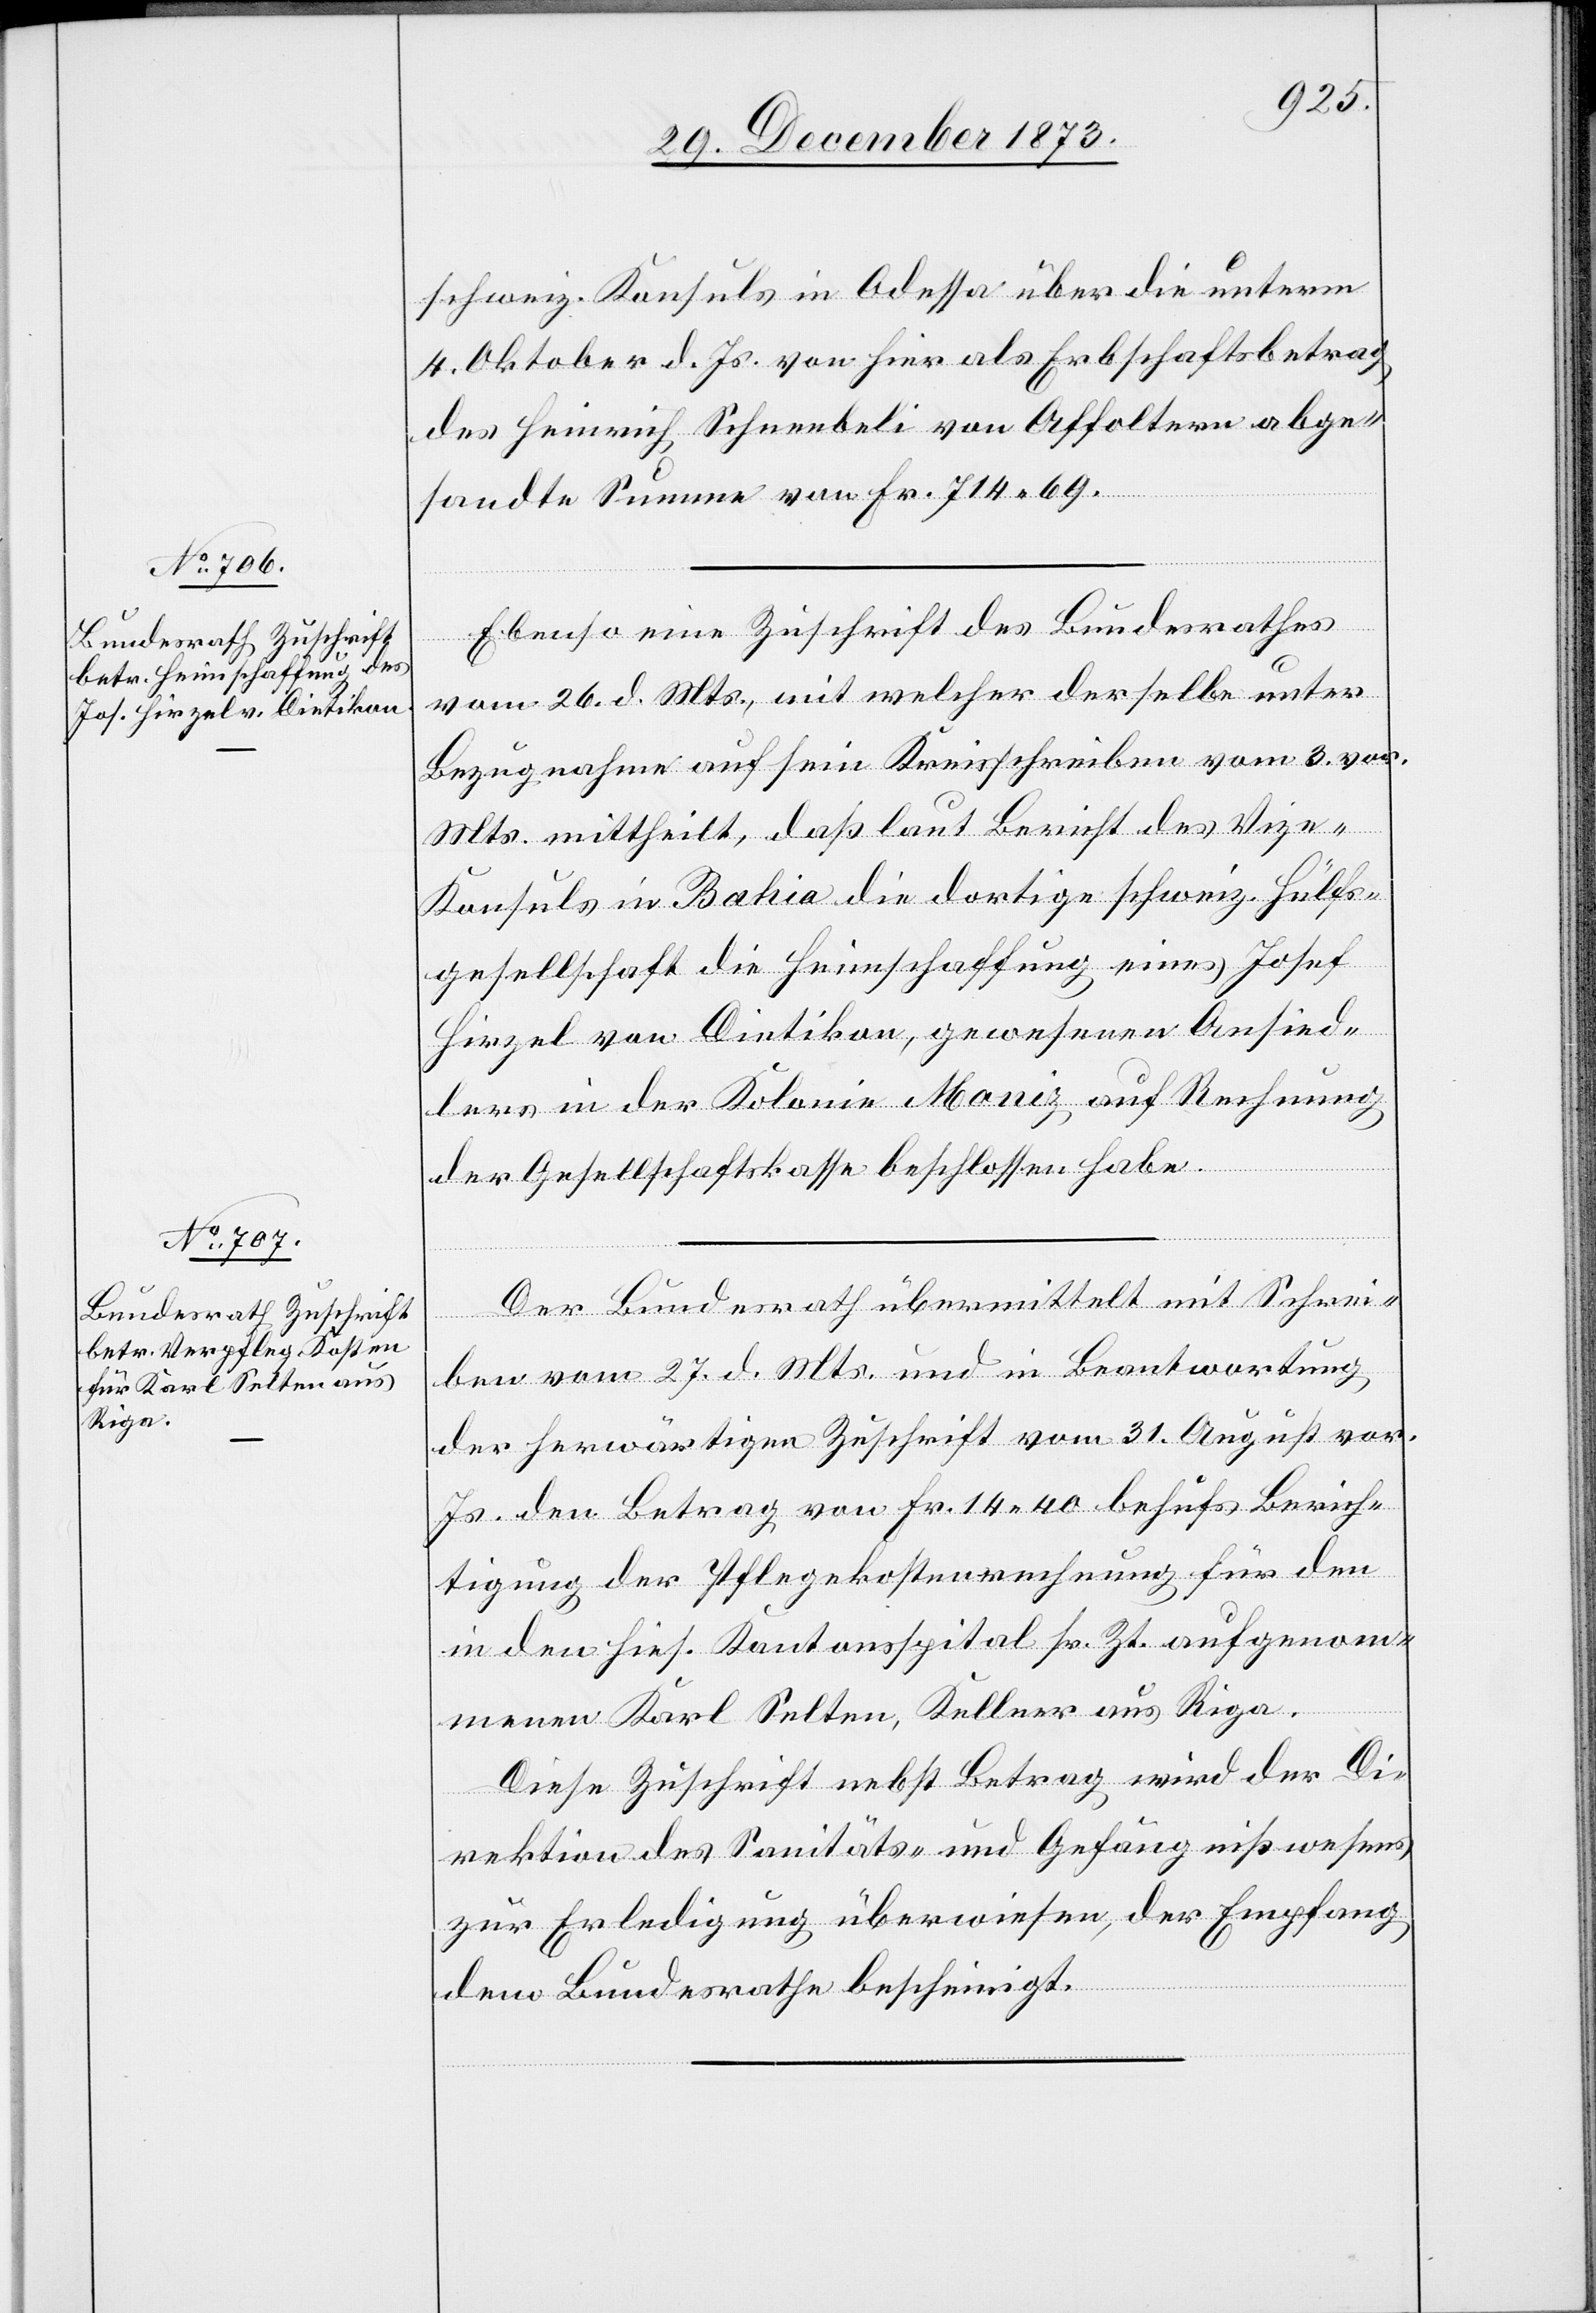
30. December 1873.]
schweiz. Konsuls in Odessa über die unterm
4. Oktober d. Js. von hier als Erbschaftsbetrag
des Heinrich Schneebeli von Affoltern abge¬
sandte Summe von Fr. 714 69.
Ebenso eine Zuschrift des Bundesrathes
vom 26. d. Mts., mit welcher derselbe unter
Bezugnahme auf sein Kreisschreiben vom 3. vor.
Mts. mittheilt, daß laut Bericht des Viz¬
e-Konsuls in Bahia die dortige schweiz. Hülfs¬
gesellschaft die Heimschaffung eines Josef
Hirzel von Dietikon, gewesenen Ansied¬
lers in der Kolonie Moniz auf Rechnung
der Gesellschaftskasse beschlossen habe.
Der Bundesrath übermittelt mit Schrei¬
ben vom 27. d. Mts. und in Beantwortung
der herwärtigen Zuschrift vom 31. August vor.
Js. den Betrag von Fr. 14 40 behufs Berich¬
tigung der Pflegekostenrechnung für den
in den hies. Kantonsspital sr. Zt. aufgenom¬
menen Karl Selten, Kellner aus Riga.
Diese Zuschrift nebst Betrag wird der Di¬
rektion des Sanitäts- und Gefängnißwesens
zur Erledigung überwiesen, der Empfang
dem Bundesrathe bescheinigt.